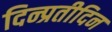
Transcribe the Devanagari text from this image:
दिन्प्रतीदिन